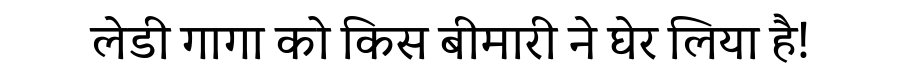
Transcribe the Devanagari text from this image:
लेडी गागा को किस बीमारी ने घेर लिया है!